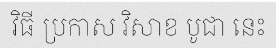
វិធី ប្រកាស វិសាខ បូជា នេះ